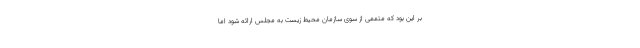
بر این بود که متممی از سوی سازمان محیط زیست به مجلس ارائه شود اما